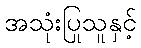
အသုံးပြုသူနှင့်